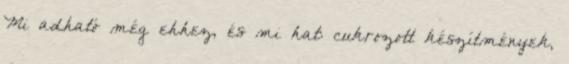
Mi adható még ehhez, és mi hat: cukrozott készítmények,